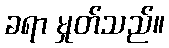
ခရာ မှုတ်သည်။